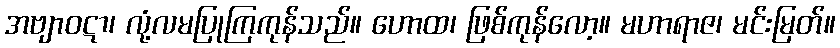
အဗျာဝဋာ၊ လုံ့လမပြုကြကုန်သည်။ ဟောထ၊ ဖြစ်ကုန်လော့။ မဟာရာဇ၊ မင်းမြတ်။